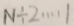
N \div 2 \cdots 1